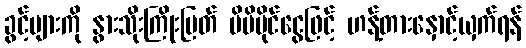
ခွင့်များကို နွားသိုးကြိုးပြတ် မိမိပိုင်ငွေဖြင့် ဟန့်တားနှောင့်ယှက်ရန်